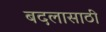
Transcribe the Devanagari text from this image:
बदलासाठी